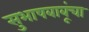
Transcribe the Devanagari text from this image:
सुभाषबाबूंचा